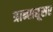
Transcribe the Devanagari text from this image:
त्रान्सद्यूसर